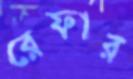
রেফার